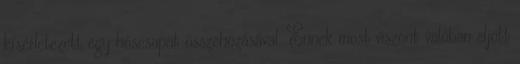
kísérletezett egy hőscsapat összehozásával. Ennek most viszont valóban eljött